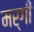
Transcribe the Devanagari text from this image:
मर्गी